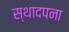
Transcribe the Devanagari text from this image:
स्थादपना